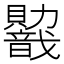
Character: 𬥭